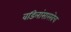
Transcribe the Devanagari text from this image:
वडिलांसारखेच